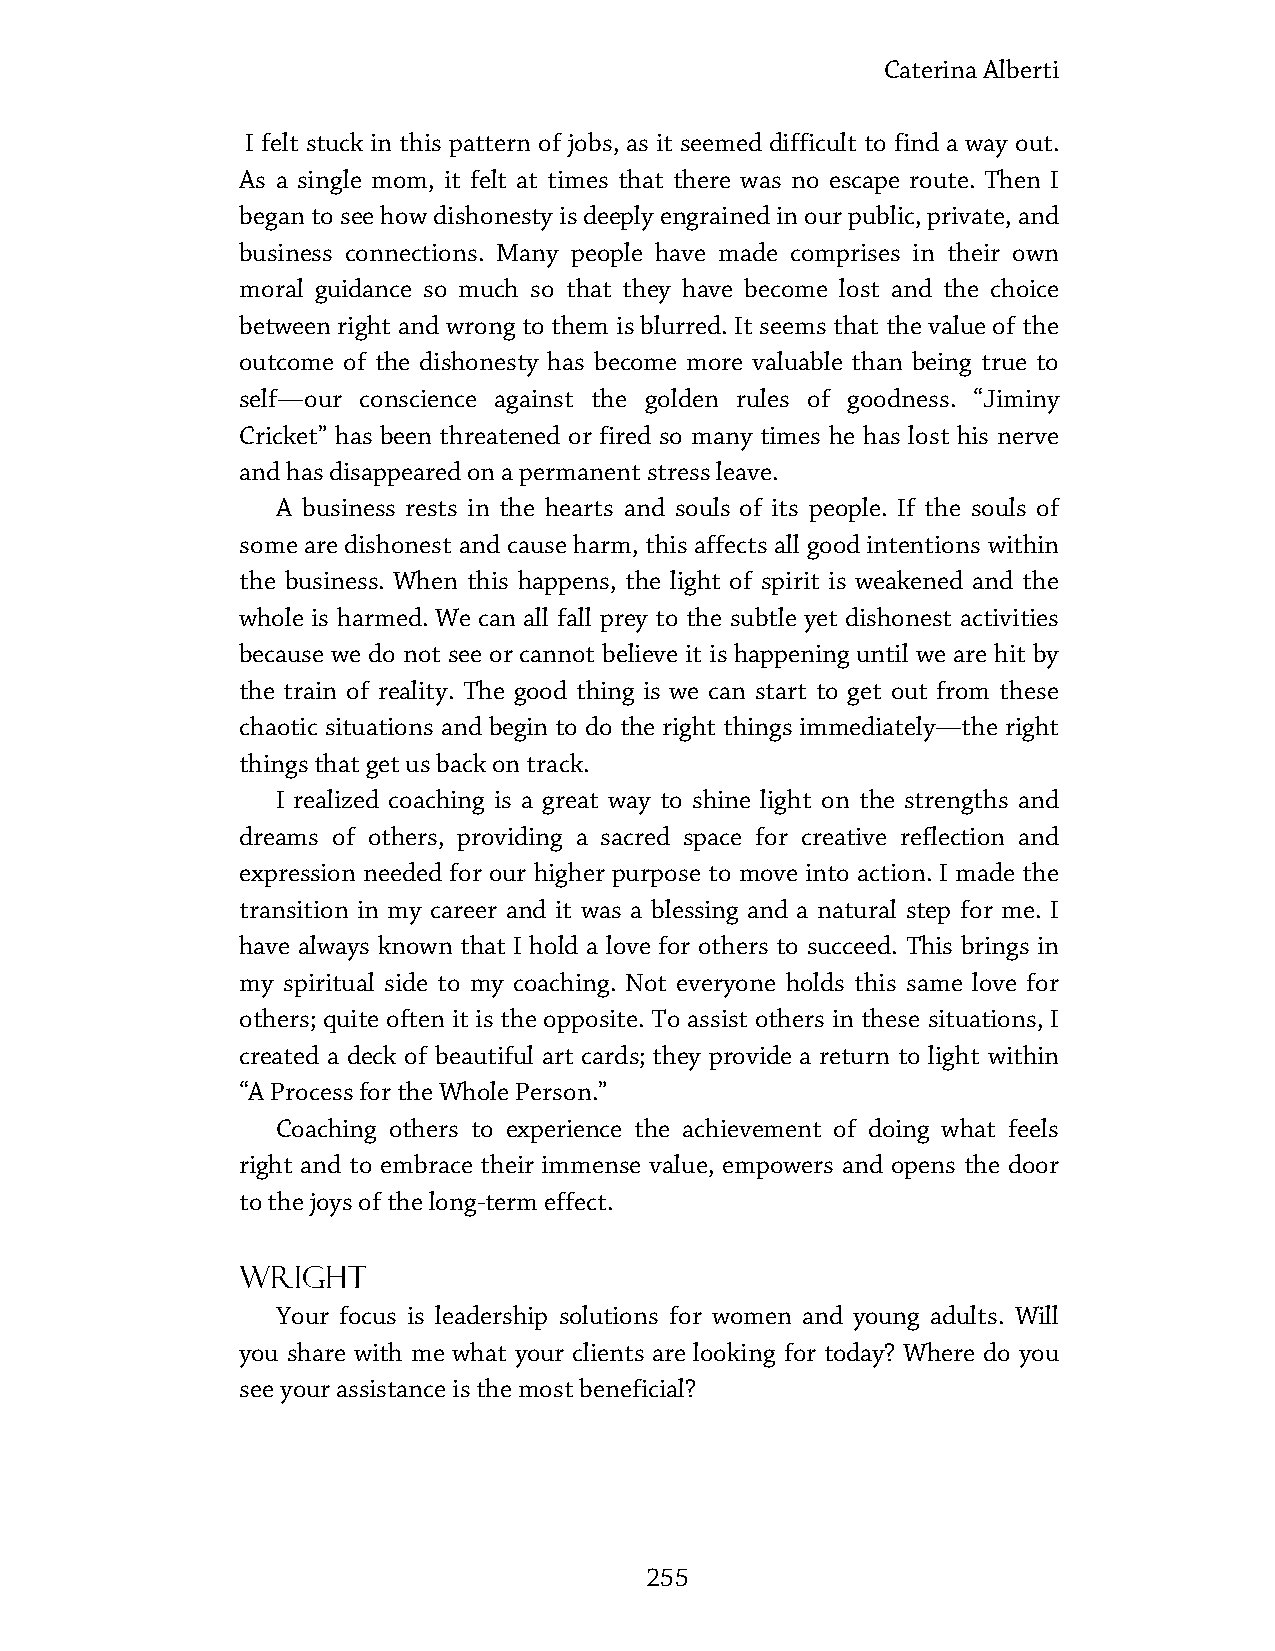
Caterina Alberti
 I felt stuck in this pattern of jobs, as it seemed difficult to find a way out.
 As a single mom, it felt at times that there was no escape route. Then I
 began to see how dishonesty is deeply engrained in our public, private, and
 business connections. Many people have made comprises in their own
 moral guidance so much so that they have become lost and the choice
 between right and wrong to them is blurred. It seems that the value of the
 outcome of the dishonesty has become more valuable than being true to
 self—our conscience against the golden rules of goodness. “Jiminy
 Cricket” has been threatened or fired so many times he has lost his nerve
 and has disappeared on a permanent stress leave.
 A business rests in the hearts and souls of its people. If the souls of
 some are dishonest and cause harm, this affects all good intentions within
 the business. When this happens, the light of spirit is weakened and the
 whole is harmed. We can all fall prey to the subtle yet dishonest activities
 because we do not see or cannot believe it is happening until we are hit by
 the train of reality. The good thing is we can start to get out from these
 chaotic situations and begin to do the right things immediately—the right
 things that get us back on track.
 I realized coaching is a great way to shine light on the strengths and
 dreams of others, providing a sacred space for creative reflection and
 expression needed for our higher purpose to move into action. I made the
 transition in my career and it was a blessing and a natural step for me. I
 have always known that I hold a love for others to succeed. This brings in
 my spiritual side to my coaching. Not everyone holds this same love for
 others; quite often it is the opposite. To assist others in these situations, I
 created a deck of beautiful art cards; they provide a return to light within
 “A Process for the Whole Person.”
 Coaching others to experience the achievement of doing what feels
 right and to embrace their immense value, empowers and opens the door
 to the joys of the long-term effect.
 Wright
 Your focus is leadership solutions for women and young adults. Will
 you share with me what your clients are looking for today? Where do you
 see your assistance is the most beneficial?
 255